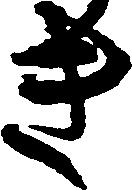
き